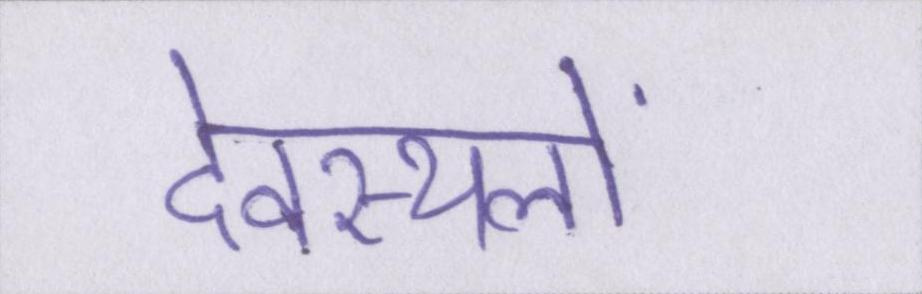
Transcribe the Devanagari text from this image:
देवस्थलों